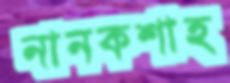
নানকশাহ